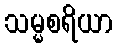
သမ္မစရိယာ